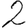
Digit: 2